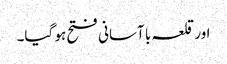
اور قلعہ با آسانی فتح ہو گیا۔